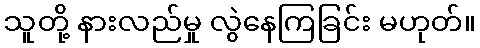
သူတို့ နားလည်မှု လွဲနေကြခြင်း မဟုတ်။